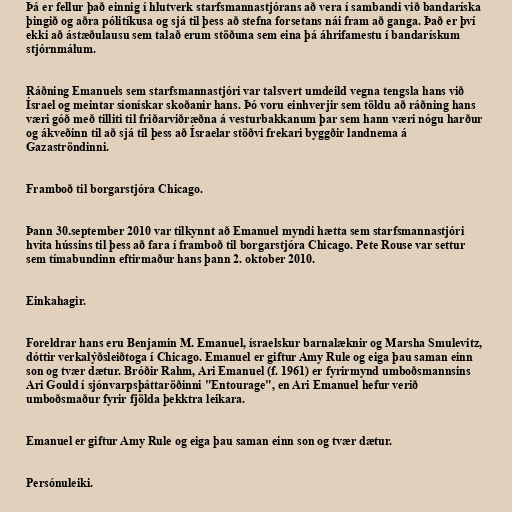
Þá er fellur það einnig í hlutverk starfsmannastjórans að vera í sambandi við bandaríska
þingið og aðra pólitíkusa og sjá til þess að stefna forsetans nái fram að ganga. Það er því
ekki að ástæðulausu sem talað erum stöðuna sem eina þá áhrifamestu í bandarískum
stjórnmálum.

Ráðning Emanuels sem starfsmannastjóri var talsvert umdeild vegna tengsla hans við
Ísrael og meintar síonískar skoðanir hans. Þó voru einhverjir sem töldu að ráðning hans
væri góð með tilliti til friðarviðræðna á vesturbakkanum þar sem hann væri nógu harður
og ákveðinn til að sjá til þess að Ísraelar stöðvi frekari byggðir landnema á
Gazaströndinni.

Framboð til borgarstjóra Chicago.

Þann 30.september 2010 var tilkynnt að Emanuel myndi hætta sem starfsmannastjóri
hvíta hússins til þess að fara í framboð til borgarstjóra Chicago. Pete Rouse var settur
sem tímabundinn eftirmaður hans þann 2. oktober 2010.

Einkahagir.

Foreldrar hans eru Benjamin M. Emanuel, ísraelskur barnalæknir og Marsha Smulevitz,
dóttir verkalýðsleiðtoga í Chicago. Emanuel er giftur Amy Rule og eiga þau saman einn
son og tvær dætur. Bróðir Rahm, Ari Emanuel (f. 1961) er fyrirmynd umboðsmannsins
Ari Gould í sjónvarpsþáttaröðinni "Entourage", en Ari Emanuel hefur verið
umboðsmaður fyrir fjölda þekktra leikara.

Emanuel er giftur Amy Rule og eiga þau saman einn son og tvær dætur.

Persónuleiki.